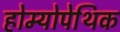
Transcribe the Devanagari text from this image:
होम्योपेथिक